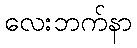
လေးဘက်နာ